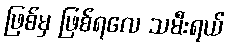
ဖြစ်မှ ဖြစ်ရလေ သမီးရယ်